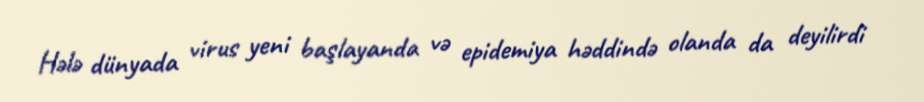
Hələ dünyada virus yeni başlayanda və epidemiya həddində olanda da deyilirdi